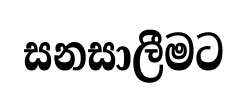
සනසාලීමට